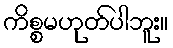
ကိစ္စမဟုတ်ပါဘူး။